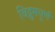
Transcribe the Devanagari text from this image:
विद्रुमचूर्ण